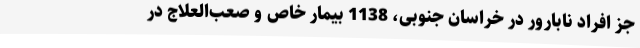
جز افراد نابارور در خراسان ‌جنوبی، 1138 بیمار خاص و صعب‌العلاج در